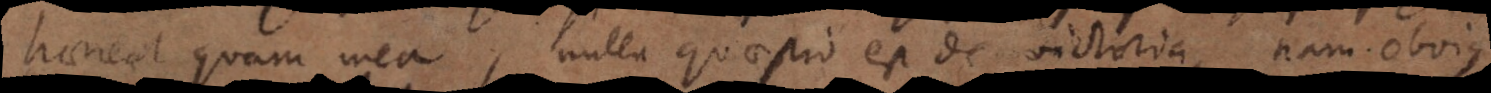
haereat quam mea, nulla quaestio est de victoria, nam obvius